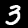
Label: 3